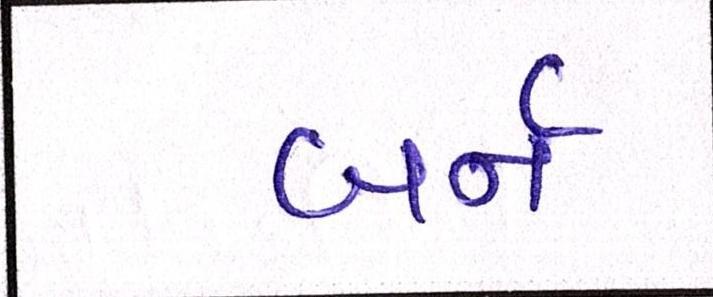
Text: બર્ન